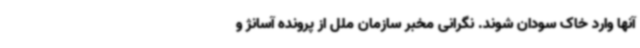
آنها وارد خاک سودان شوند. نگرانی مخبر سازمان ملل از پرونده آسانژ و